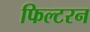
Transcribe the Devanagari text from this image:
फिल्टरन